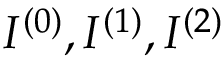
I ^ { ( 0 ) } , I ^ { ( 1 ) } , I ^ { ( 2 ) }